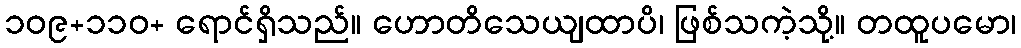
၁၀၉+၁၁၀+ ရောင်ရှိသည်။ ဟောတိသေယျထာပိ၊ ဖြစ်သကဲ့သို့။ တထူပမော၊